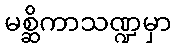
မစ္ဆိကာသဏ္ဍမှာ